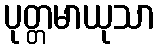
ပုတ္တမာယုသာ